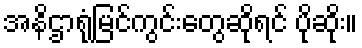
အနိဌာရုံမြင်ကွင်းတွေဆိုရင် ပိုဆိုး။